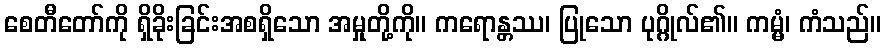
စေတီတော်ကို ရှိခိုးခြင်းအစရှိသော အမှုတို့ကို။ ကရောန္တဿ၊ ပြုသော ပုဂ္ဂိုလ်၏။ ကမ္မံ၊ ကံသည်။